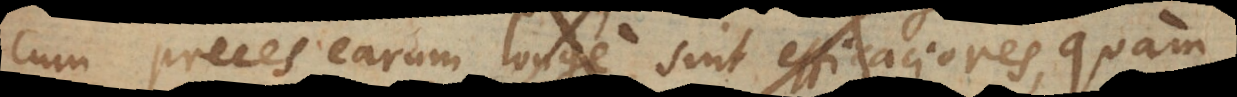
cum preces earum longe sint efficaciores, quam